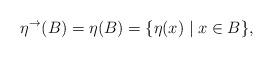
LaTeX: \begin{align*}\eta^\rightarrow(B) = \eta(B) = \{\eta(x) \mid x \in B\},\end{align*}